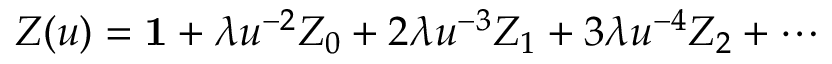
Z ( u ) = { \bf 1 } + \lambda u ^ { - 2 } Z _ { 0 } + 2 \lambda u ^ { - 3 } Z _ { 1 } + 3 \lambda u ^ { - 4 } Z _ { 2 } + \cdots